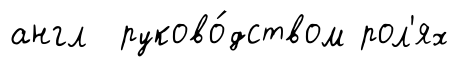
англ руково́дством рол'ях